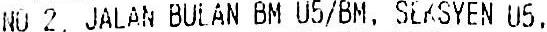
NO 2, JALAN BULAN BM U5/BM, SEKSYEN U5,